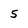
Character: 5